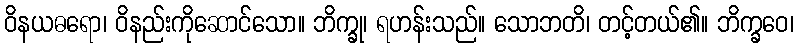
ဝိနယဓရော၊ ဝိနည်းကိုဆောင်သော။ ဘိက္ခု၊ ရဟန်းသည်။ သောဘတိ၊ တင့်တယ်၏။ ဘိက္ခဝေ၊